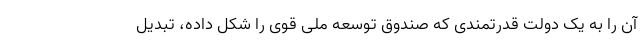
آن را به یک دولت قدرتمندی که صندوق توسعه ملی قوی را شکل داده، تبدیل